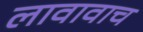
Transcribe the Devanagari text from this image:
लावावाच